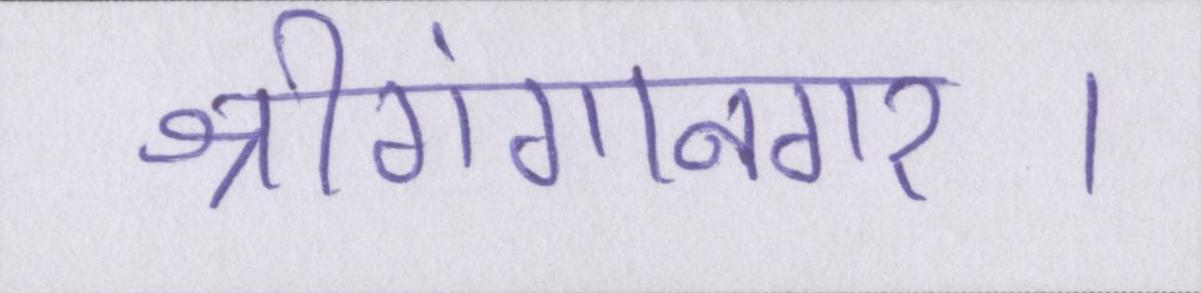
श्रीगंगानगर।